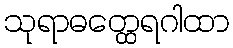
သုရာဓတ္ထေရဂါထာ